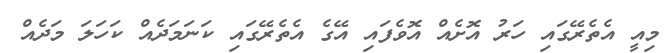
މިއީ އެތެރޭގައި ހަރު އޮށެއް އޮވެފައި އޭގެ އެތެރޭގައި ކަނަމަދެއް ކަހަލަ މަދެއް